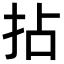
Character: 拈